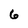
Character: 6